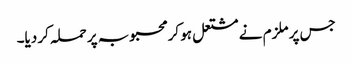
جس پر ملزم نے مشتعل ہو کر محبوبہ پر حملہ کر دیا۔